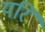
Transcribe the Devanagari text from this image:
यरि